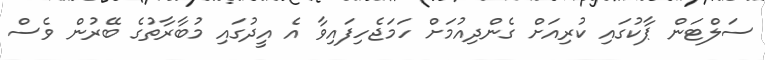
ސަލްޓަން ޕާކުގައި ކުރިއަށް ގެންދިއުމަށް ހަމަޖެހިފައިވާ އެ އީދުގައި މުބާރާތުގެ ބޭރުން ވެސް